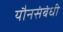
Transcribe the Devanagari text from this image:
यौनसंबंधी